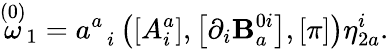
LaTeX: \stackrel{\left(0\right)}{\omega}_{1}=a_{\; \; i}^{a}\left(\left[A_{i}^{a}\right],\left[\partial_{i}\mathbf{B}_{a}^{0i}\right],\left[\pi\right]\right)\eta_{2a}^{i}.